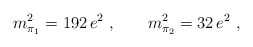
\begin{align*}m_{\pi_1}^2 = 192 \, e^2~,\hskip 0.8cmm_{\pi_2}^2 = 32 \, e^2~,\end{align*}